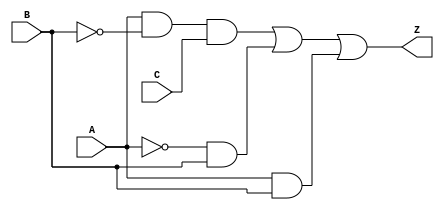
module comb_logic_block (
    input wire A,    // Input A
    input wire B,    // Input B
    input wire C,    // Input C
    output wire Z    // Output Z
);

// Intermediate signals for the logic expressions
wire not_A;        // NOT A
wire not_B;        // NOT B
wire not_C;        // NOT C
wire term1;       // (A and not B and C)
wire term2;       // (not A and B)
wire term3;       // (A and B)

// Implementing the NOT gates
assign not_A = ~A;         // NOT A
assign not_B = ~B;         // NOT B
assign not_C = ~C;         // NOT C

// Implementing the product terms (AND gates)
assign term1 = A & not_B & C;  // A  B'  C
assign term2 = not_A & B;      // A'  B
assign term3 = A & B;          // A  B

// Final output expression (sum of products)
assign Z = term1 | term2 | term3; // Output Z = term1 + term2 + term3

endmodule